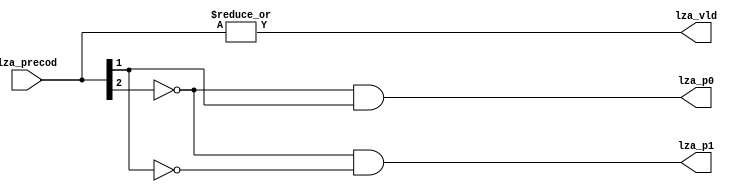
/*Copyright 2019-2021 T-Head Semiconductor Co., Ltd.

Licensed under the Apache License, Version 2.0 (the "License");
you may not use this file except in compliance with the License.
You may obtain a copy of the License at

    http://www.apache.org/licenses/LICENSE-2.0

Unless required by applicable law or agreed to in writing, software
distributed under the License is distributed on an "AS IS" BASIS,
WITHOUT WARRANTIES OR CONDITIONS OF ANY KIND, either express or implied.
See the License for the specific language governing permissions and
limitations under the License.
*/

// &ModuleBeg; @23
module ct_vfmau_lza_32(
  lza_p0,
  lza_p1,
  lza_precod,
  lza_vld
);

// &Ports; @24
input   [2:0]  lza_precod; 
output         lza_p0;    
output         lza_p1;    
output         lza_vld;   

// &Regs; @25

// &Wires; @26
wire           lza_p0;    
wire           lza_p1;    
wire    [2:0]  lza_precod; 
wire           lza_vld;   


assign lza_vld = |lza_precod[2:0];
assign lza_p0  = !lza_precod[2] && lza_precod[1];
assign lza_p1  = !lza_precod[2] && !lza_precod[1];

// &ModuleEnd; @32
endmodule